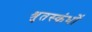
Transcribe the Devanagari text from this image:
श्रुतस्कंधों